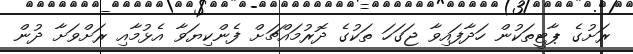
ރަށުގެ ޕާޓީތަކުން ހަދާފައިވާ ޖަގަހަ ތަކުގެ ދޮރުމައްޗަށް ފެންކިޔަވާ އެޅުމާއި ރަށްވަށާ ދުން